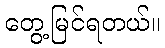
တွေ့မြင်ရတယ်။